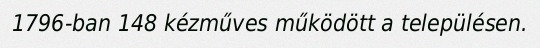
1796-ban 148 kézműves működött a településen.